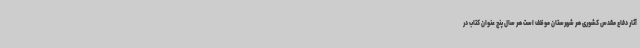
آثار دفاع مقدس کشوری هر شهرستان موظف است هر سال پنج عنوان کتاب در